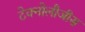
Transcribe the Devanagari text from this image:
टेक्नोलौजीस